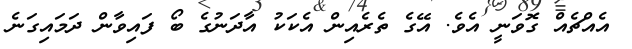
އެއްޗެއް ގޮވަނީ އެވެ. އޭގެ ތެރެއިން އެކަކު އާދަނުގެ ބޯ ފައިވާން ދަމައިގަނެ